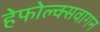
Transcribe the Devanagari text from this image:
हेफोल्क्सवागन